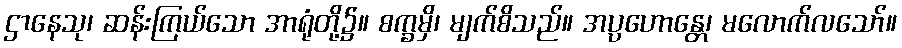
ဌာနေသု၊ ဆန်းကြယ်သော အာရုံတို့၌။ စက္ခမှိ၊ မျက်စိသည်။ အပ္ပဟောန္တေ၊ မလောက်လသော်။